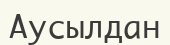
Аусылдан